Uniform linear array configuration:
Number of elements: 24
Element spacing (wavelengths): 1
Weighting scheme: hamming
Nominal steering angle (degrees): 0
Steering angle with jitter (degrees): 0.9252
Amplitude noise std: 0.05
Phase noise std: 0.05

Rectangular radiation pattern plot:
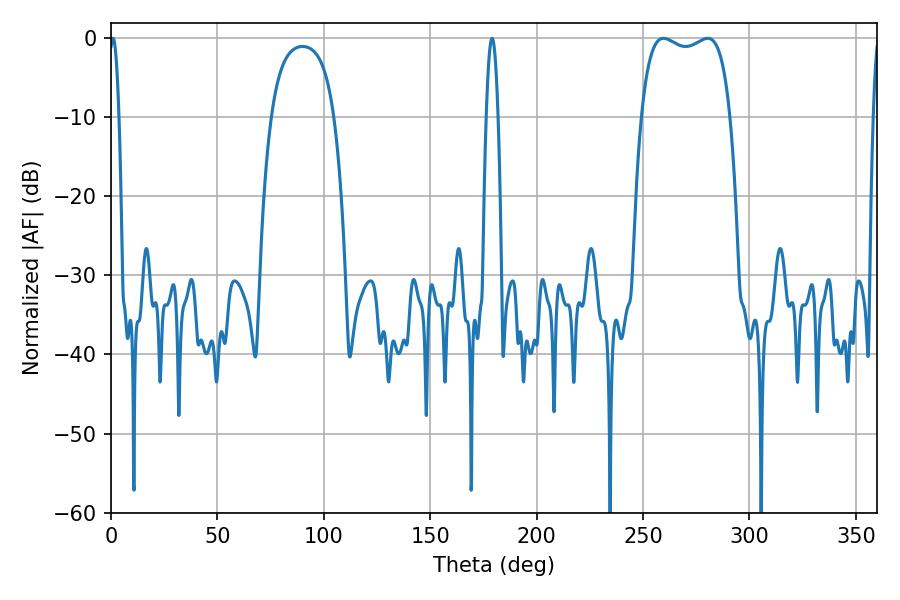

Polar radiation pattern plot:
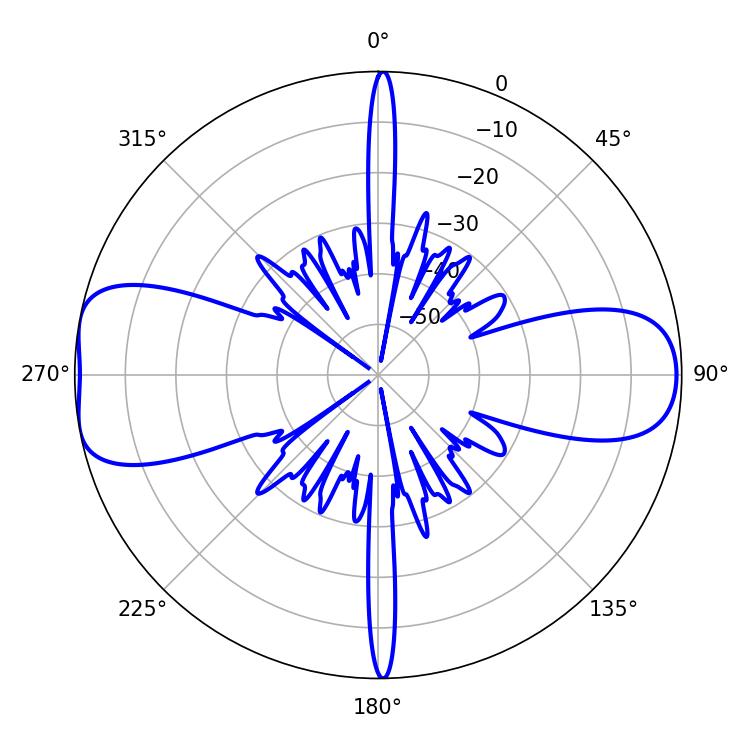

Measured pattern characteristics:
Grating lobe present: TRUE
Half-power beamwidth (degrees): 33.84
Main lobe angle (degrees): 259.56